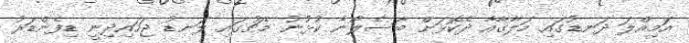
އަމިއްލަ ދަނޑުގައި މަލާގާއާ ދެކޮޅަށް ބާސެލޯނާ ކުޅުނު މެޗުގައި ލަނޑު ޖަހައިދިނީ ޑިފެންޑަރު